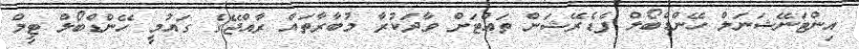
އިންޓަނޭޝަނަލް ހޭންޑްބޯލް ފެޑެރޭޝަން ތައްޓަށް ވާދަކުރާ މުބާރާތައް ރާއްޖޭގެ ގައުމީ ހޭންޑްބޯލް ޓީމް